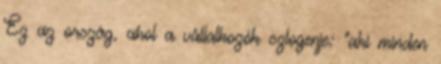
Ez az ország, ahol a vállalkozók szlogenje: "aki minden